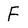
Character: F